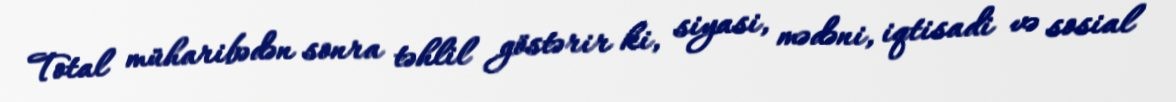
Total müharibədən sonra təhlil göstərir ki, siyasi, mədəni, iqtisadi və sosial